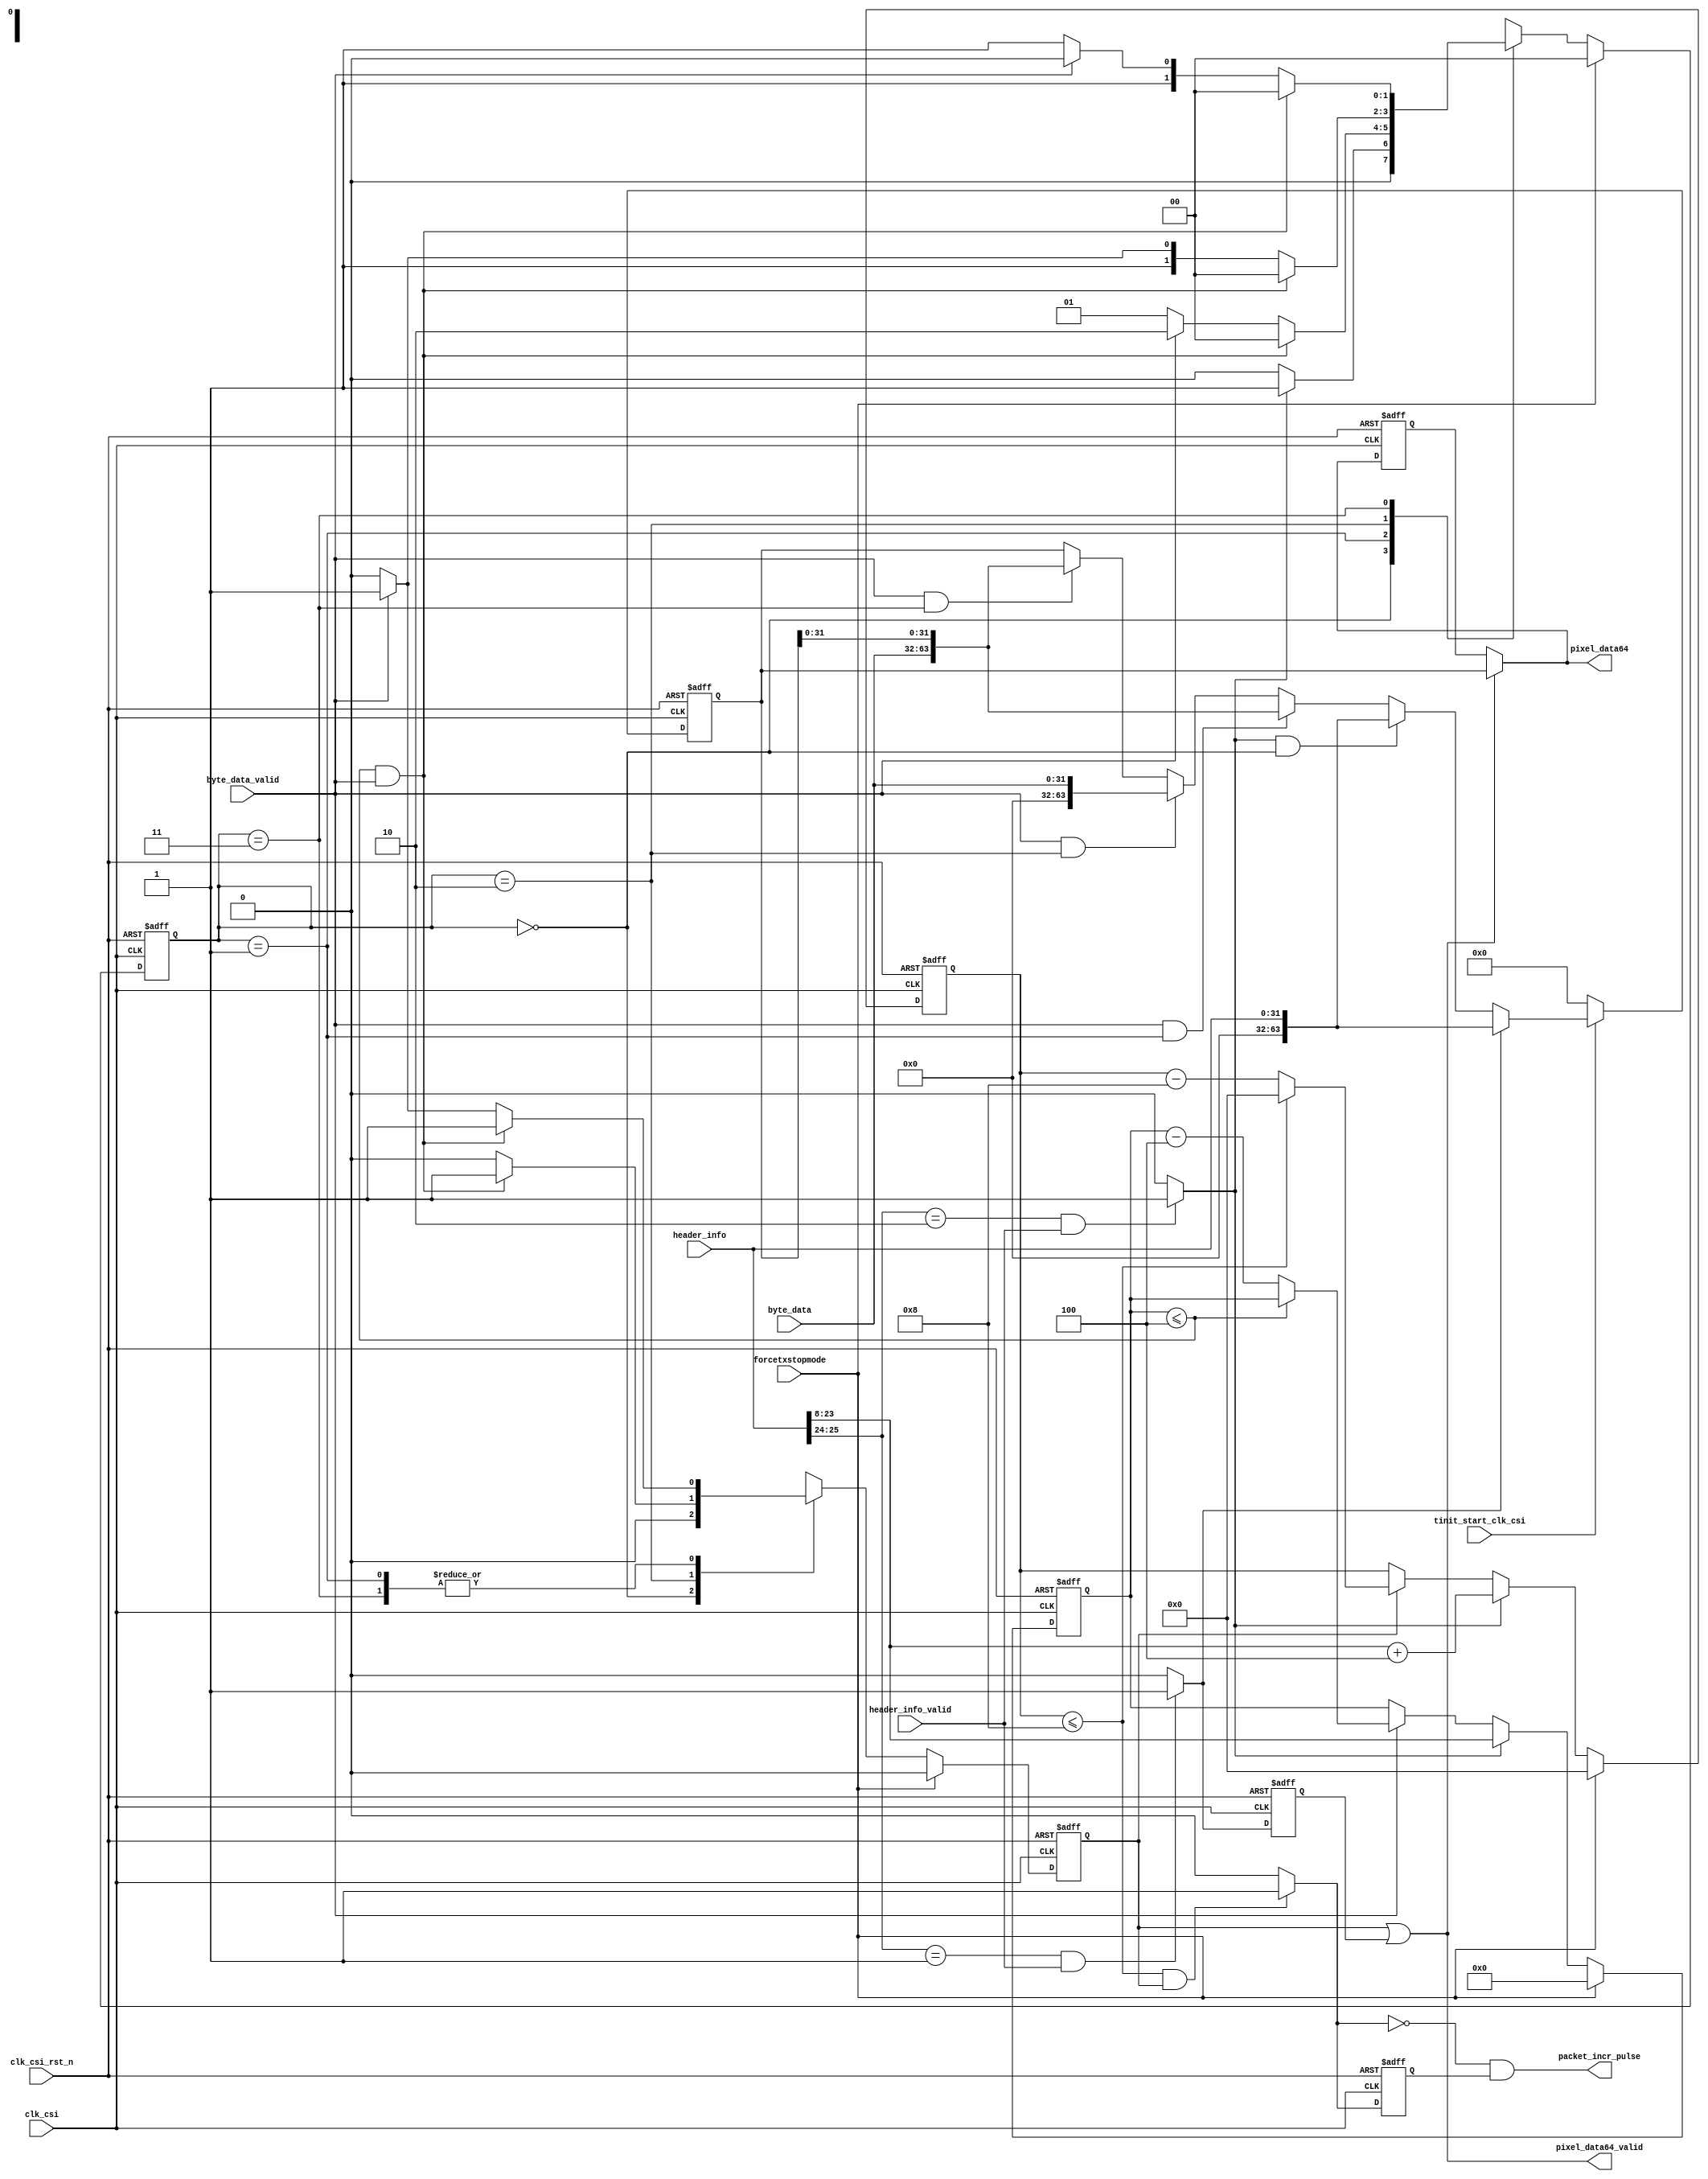
module csi2tx_packet_aligner 
(
 input  wire        clk_csi                                 ,
 input  wire        clk_csi_rst_n                           ,
 input  wire        tinit_start_clk_csi                     ,
 input  wire        forcetxstopmode                         ,
 input  wire [31:0] header_info                             , 
 input  wire        header_info_valid                       , 
 input  wire [31:0] byte_data                               ,
 input  wire        byte_data_valid                         ,
 output wire [63:0] pixel_data64                            ,
 output wire        pixel_data64_valid                      ,
 output wire        packet_incr_pulse 
); 

wire rcvd_short_packet_c;
wire long_pkt_hdr_rcvd_c;
reg [63:0] pixel_data64_r;
reg [63:0] pixel_data64_d;
reg        pixel_data64_valid_r;
wire       eop_c;
reg        rcvd_short_packet_d;
reg [15:0] packet_size_r;
reg [16:0] packet_size_wr_r;
reg [1:0]  cur_state;
wire       eop_wr_c;
reg        eop_wr_c_d;
wire       packet_incr_pulse_c;
parameter IDLE                   = 2'b00;
parameter VALIDATE_HDR_PLUS_DATA = 2'b01;
parameter CAPTURE_ODD_DATA       = 2'b10;
parameter CAPTURE_EVEN_DATA      = 2'b11;

//------------------------------------------------------------------------------
// Detecte whether the received packet is short packet header or long packet
// header, if it is a short packet forward as it othwise convert the received
// 32-bit data to 64-bit before forwarding
assign rcvd_short_packet_c = ((header_info[25:24] == 2'b01) && (header_info_valid == 1'b1)) ? 1'b1 : 1'b0;
assign long_pkt_hdr_rcvd_c = ((header_info[25:24] == 2'b10) && (header_info_valid == 1'b1)) ? 1'b1 : 1'b0;

//------------------------------------------------------------------------------
//
assign eop_c = ((packet_size_r <= 16'h4) && (byte_data_valid == 1'b1));

//------------------------------------------------------------------------------
//
always@(posedge clk_csi or negedge clk_csi_rst_n) begin
  if (clk_csi_rst_n == 1'b0)
   rcvd_short_packet_d <= 1'b0;
  else
   rcvd_short_packet_d <= rcvd_short_packet_c;
end

//------------------------------------------------------------------------------
//
always@(posedge clk_csi or negedge clk_csi_rst_n) begin
  if (clk_csi_rst_n == 1'b0)
    packet_size_r <= 16'b0;
  else if (forcetxstopmode == 1'b1)
    packet_size_r <= 16'b0;    
  else if (long_pkt_hdr_rcvd_c == 1'b1)
    packet_size_r <= header_info[23:8];
  else if (byte_data_valid == 1'b1)
    if (packet_size_r <= 16'h4)
      packet_size_r <= packet_size_r;
    else
      packet_size_r <= packet_size_r - 4'b0100;
end

//-----------------------------------------------------------------------------
// This packet size is used to generate the EOF. This signal is used by the
// packet reader to update the internal counter. This is to make sure that
// packet counter will get updated only after complete packet is been written
// to buffer. To confirm the same the falling edge detection is performed
// This will come handy when the Sensor clock is very LOW compared to byte
// clock frequency
// BUGZILLA BUG ID : 1932
always@(posedge clk_csi or negedge clk_csi_rst_n) begin
  if (clk_csi_rst_n == 1'b0)
    packet_size_wr_r <= 17'b0;
  else if (forcetxstopmode == 1'b1)
    packet_size_wr_r <= 17'b0;
  else if (long_pkt_hdr_rcvd_c == 1'b1)
    packet_size_wr_r <= header_info[23:8] + 16'h4; // Header
  else if (pixel_data64_valid_r == 1'b1)
    if (packet_size_wr_r <= 17'h8)
      packet_size_wr_r <= 17'b0;
    else
      packet_size_wr_r <= packet_size_wr_r - 16'h8;
end

assign eop_wr_c = ((packet_size_wr_r <= 17'h8) && (pixel_data64_valid_r == 1'b1)) ? 1'b1 : 1'b0;

always@(posedge clk_csi or negedge clk_csi_rst_n) begin
  if (clk_csi_rst_n == 1'b0)
    eop_wr_c_d <= 1'b0;
  else
    eop_wr_c_d <= eop_wr_c;
end

assign packet_incr_pulse_c = (~eop_wr_c) & eop_wr_c_d;


//------------------------------------------------------------------------------
//
always@(posedge clk_csi or negedge clk_csi_rst_n) begin
  if (clk_csi_rst_n == 1'b0)
    cur_state <= IDLE;
  else if (forcetxstopmode == 1'b1)
    cur_state <= IDLE;    
  else
    case (cur_state)
      IDLE : begin
        if (long_pkt_hdr_rcvd_c == 1'b1)
          cur_state <= VALIDATE_HDR_PLUS_DATA;
        else
          cur_state <= IDLE;
      end
      VALIDATE_HDR_PLUS_DATA : begin
        if (eop_c == 1'b1)
          cur_state <= IDLE;
        else if (byte_data_valid == 1'b1)
          cur_state <= CAPTURE_ODD_DATA;
        else
          cur_state <= VALIDATE_HDR_PLUS_DATA;
      end
      CAPTURE_ODD_DATA : begin
        if ((eop_c == 1'b1))
          cur_state <= IDLE;
        else if (byte_data_valid == 1'b1)
          cur_state <= CAPTURE_EVEN_DATA;
        else
          cur_state <= CAPTURE_ODD_DATA;
      end
      CAPTURE_EVEN_DATA : begin
        if ((eop_c == 1'b1))
          cur_state <= IDLE;
        else if (byte_data_valid == 1'b1)
          cur_state <= CAPTURE_ODD_DATA;
        else
          cur_state <= CAPTURE_EVEN_DATA;
       end
    endcase
end

//------------------------------------------------------------------------------
//
always@(posedge clk_csi or negedge clk_csi_rst_n) begin
  if (clk_csi_rst_n == 1'b0)
  pixel_data64_r <= 64'b0;
 else if (tinit_start_clk_csi == 1'b0)
  pixel_data64_r <=64'b0;
 else if (rcvd_short_packet_c == 1'b1)
  pixel_data64_r <= {32'b0, header_info};
 else if ((long_pkt_hdr_rcvd_c == 1'b1) && (cur_state == IDLE))
  pixel_data64_r <= {32'b0, header_info};
 else if ((byte_data_valid == 1'b1) && (cur_state == VALIDATE_HDR_PLUS_DATA))
  pixel_data64_r <= {byte_data, pixel_data64_r[31:0]};
 else if ((byte_data_valid == 1'b1) && (cur_state == CAPTURE_ODD_DATA)) 
  pixel_data64_r <= {32'b0, byte_data};
 else if ((byte_data_valid == 1'b1) && (cur_state == CAPTURE_EVEN_DATA)) 
  pixel_data64_r <= {byte_data, pixel_data64_r[31:0]};
end

always@(posedge clk_csi or negedge clk_csi_rst_n) begin
  if (clk_csi_rst_n == 1'b0)
    pixel_data64_d <= 64'b0;
  else
    pixel_data64_d <= pixel_data64;
end

//------------------------------------------------------------------------------
//Valid generation for the 64-bit data
// There should be minimum of 2-clock between each packet request
always@(posedge clk_csi or negedge clk_csi_rst_n) begin
  if (clk_csi_rst_n == 1'b0)
    pixel_data64_valid_r <= 1'b0;
  else if (forcetxstopmode == 1'b1)
    pixel_data64_valid_r <= 1'b0;    
  else
    case (cur_state)
      IDLE : begin
        if (long_pkt_hdr_rcvd_c == 1'b1)
          pixel_data64_valid_r <= 1'b0;
        else
          pixel_data64_valid_r <= 1'b0;
      end
      VALIDATE_HDR_PLUS_DATA : begin
        if (eop_c == 1'b1)
          pixel_data64_valid_r <= 1'b1;
        else if (byte_data_valid == 1'b1)
          pixel_data64_valid_r <= 1'b1;
        else
          pixel_data64_valid_r <= 1'b0;
      end
      CAPTURE_ODD_DATA : begin
        if ((eop_c == 1'b1))
          pixel_data64_valid_r <= 1'b1;
        else if (byte_data_valid == 1'b1)
          pixel_data64_valid_r <= 1'b0;
        else
          pixel_data64_valid_r <= 1'b0;
      end
      CAPTURE_EVEN_DATA : begin
        if ((eop_c == 1'b1))
          pixel_data64_valid_r <= 1'b1;
        else if (byte_data_valid == 1'b1)
          pixel_data64_valid_r <= 1'b1;
        else
          pixel_data64_valid_r <= 1'b0;
       end
    endcase
end


//------------------------------------------------------------------------------
//output assignment
assign pixel_data64 = (pixel_data64_valid == 1'b1) ? pixel_data64_r : pixel_data64_d;
assign pixel_data64_valid = pixel_data64_valid_r | rcvd_short_packet_d; 
assign packet_incr_pulse  = packet_incr_pulse_c;
                    
endmodule